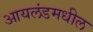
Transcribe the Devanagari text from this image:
आयलंडमधील